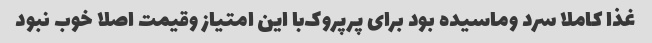
غذا کاملا سرد و‌ماسیده بود برای پرپروک‌با این امتیاز و‌قیمت اصلا خوب نبود